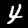
Digit: 4